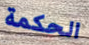
الحكمة